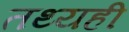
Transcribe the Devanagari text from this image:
तथ्यही